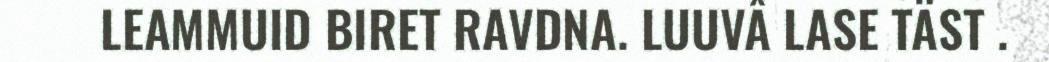
LEAMMUID BIRET RAVDNA. LUUVÂ LASE TÄST .